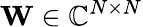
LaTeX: \mathbf{W}\in\mathbb{C}^{N\times N}